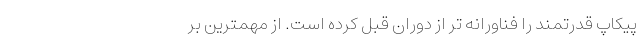
پیکاپ قدرتمند را فناورانه تر از دوران قبل کرده است. از مهمترین بر